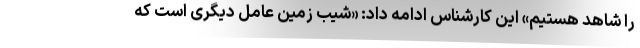
را شاهد هستیم» این کارشناس ادامه داد: «شیب زمین عامل دیگری است که